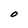
Character: O